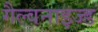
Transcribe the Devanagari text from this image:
गैल्वनाइज्ड